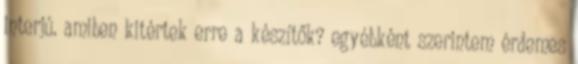
interjú. amiben kitértek erre a készítők? egyébként szerintem érdemes